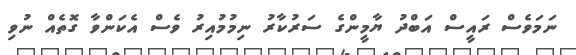
ނަމަވެސް ރައީސް އަބްދު ޔާމީންގެ ސަރުކާރު ނިމުމުއިރު ވެސް އެކަންވާ ގޮތެއް ނުވި